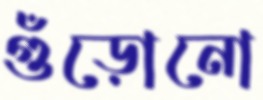
গুঁড়োনো